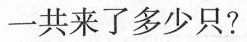
一共来了多少只？